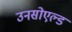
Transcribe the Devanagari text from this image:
उनसोएल्ड